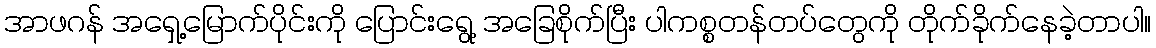
အာဖဂန် အရှေ့မြောက်ပိုင်းကို ပြောင်းရွေ့ အခြေစိုက်ပြီး ပါကစ္စတန်တပ်တွေကို တိုက်ခိုက်နေခဲ့တာပါ။